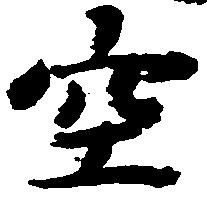
空